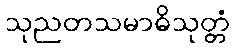
သုညတသမာဓိသုတ္တံ